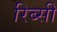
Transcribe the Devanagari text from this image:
रिब्सी